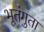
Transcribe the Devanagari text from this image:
भूतंगुता